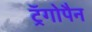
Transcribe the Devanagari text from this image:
ट्रॅगोपैन